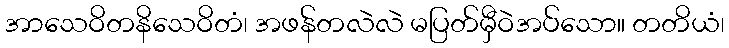
အာသေဝိတနိသေဝိတံ၊ အဖန်တလဲလဲ မပြတ်မှီဝဲအပ်သော။ တတိယံ၊